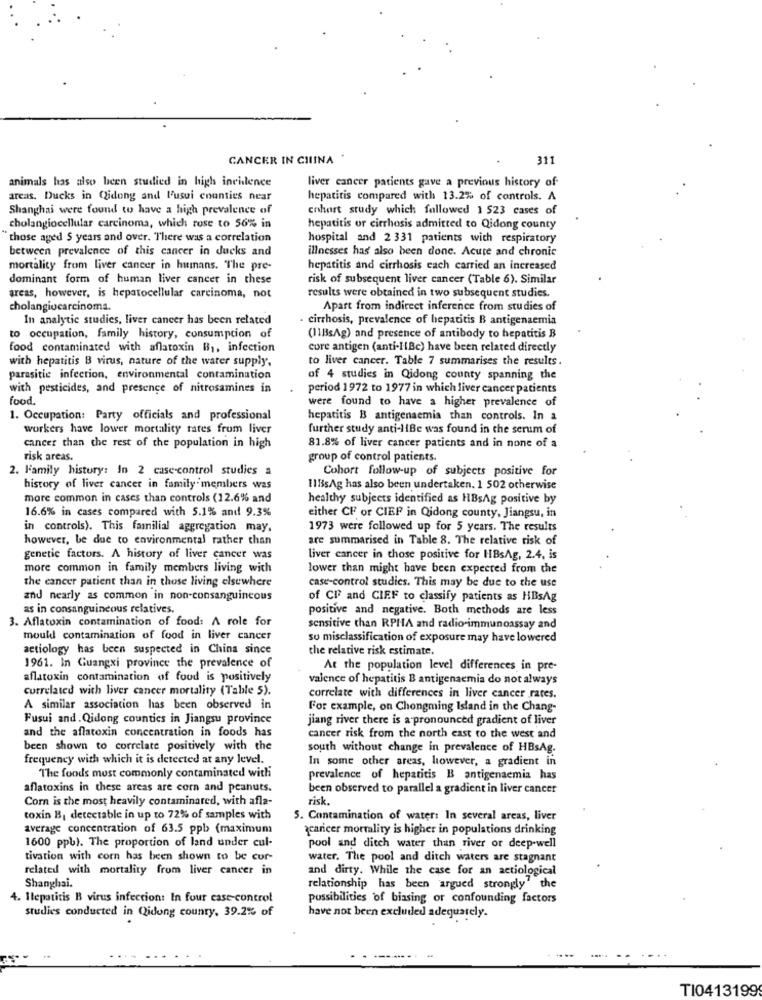
CANCER IN CHINA
311
animals has also been studied in high incidence
liver cancer patients gave a previous history of-
areas. Ducks in Qidong and l'usui counties near
hepatitis compared with 13.2% of controls. A
Shanghai were found to have a high prevalence of
cohort study which followed 1 523 cases of
cholangiocellular carcinoma, which rose to 56% in
hepatitis or cirrhosis admitted to Qidong county
those aged 5 years and over. There was a correlation
hospital and 2 331 patients with respiratory
between prevalence of this cancer in ducks and
illnesses has also been done. Acute and chronic
mortality from liver cancer in humans. The pre-
hepatitis and cirrhosis each carried an increased
dominant form of human liver cancer in these
risk of subsequent liver cancer (Table 6). Similar
areas, however, is hepatocellular carcinoma, not
results were obtained in two subsequent studies.
cholangiocarcinoma.
Apart from indirect inference from studies of
In analytic studies, liver cancer has been related
cirrhosis, prevalence of hepatitis B antigenaemia
to occupation, family history, consumption of
(11BsAg) and presence of antibody to hepatitis B
food contaminated with aflatoxin B ,, infection
core antigen (anti-liBc) have been related directly
with hepatitis B virus, nature of the water supply,
to liver cancer. Table 7 summarises the results .
parasitie infection, environmental contamination
of 4 studies in Qidong county spanning the
with pesticides, and presence of nitrosamines in
period 1972 to 1977 in which liver cancer patients
food.
were found to have a higher prevalence of
1. Occupation: Party officials and professional
hepatitis B antigenaemis than controls. In a
workers have lower mortality rates frum liver
further study anti-liBe was found in the serum of
cancer than the rest of the population in high
81.8% of liver cancer patients and in none of a
risk areas.
group of control patients.
2. Family history: In 2 case-control studies a
Cohort follow-up of subjects positive for
history of liver cancer in family members was
11BsAg has also been undertaken. 1 502 otherwise
more common in cases than controls (12.6% and
healthy subjects identified as HBsAg positive by
16.6% in cases compared with 5.1% and 9.3%
either CF or CIEP in Qidong county, Jiangsu, in
in controls). This familial aggregation may.
1973 were followed up for 5 years. The results
however, be due to environmental rather than
are summarised in Table 8. The relative risk of
genetic factors. A history of liver cancer was
liver cancer in those positive for HBsAg, 2.4, is
more common in family members living with
lower than might have been expected from the
the cancer patient than in those living elsewhere
case-control studies. This may be due to the use
and nearly as common in non-consanguincous
of CF and CIEF to classify patients as HBsAg
as in consanguincous relatives.
positive and negative. Both methods are less
3. Aflatoxin contamination of food: A role for
sensitive than RPHA and radio-immunoassay and
mould contamination of food in liver cancer
so misclassification of exposure may have lowered
aetiology has been suspected in China since
the relative risk estimate.
1961. In Guangxi province the prevalence of
At the population level differences in pre-
aflatoxin contamination of food is positively
valence of hepatitis B antigenaemia do not always
correlated with liver cancer mortality (Table 5).
correlate with differences in liver cancer rates.
A similar association has been observed in
For example, on Chongming Island in the Chang-
Fusui and.Qidong countics in Jiangsu province
jiang river there is a pronounced gradient of liver
and the aflatoxin concentration in foods has
cancer risk from the north east to the west and
been shown to correlate positively with the
south without change in prevalence of HBsAg.
frequency with which it is detected at any level.
In some other areas, however, a gradient in
The foods most commonly contaminated with
prevalence of hepatitis B antigenaemia has
aflatoxins in these areas are corn and peanuts.
been observed to parallel a gradient in liver cancer
Corn is the most heavily contaminated, with afla-
risk.
toxin B, detectable in up to 72% of samples with
5. Contamination of water: In several areas, liver
average concentration of 63.5 ppb (maximum
acaricer mortality is higher in populations drinking
1600 ppb). The proportion of land under cul-
pool and ditch water thun river or deep-well
tivation with corn has been shown to be cur-
water. The pool and ditch waters are stagnant
related with mortality from liver cancer in
and dirty. While the case for an actiological
Shanghai.
relationship has been argued strongly" the
4. Hepatitis B virus infection: In four case-control
possibilities of biasing or confounding factors
studies conducted in Qidong county, 39.2% of
have not been excluded adequately.
....
TI0413199